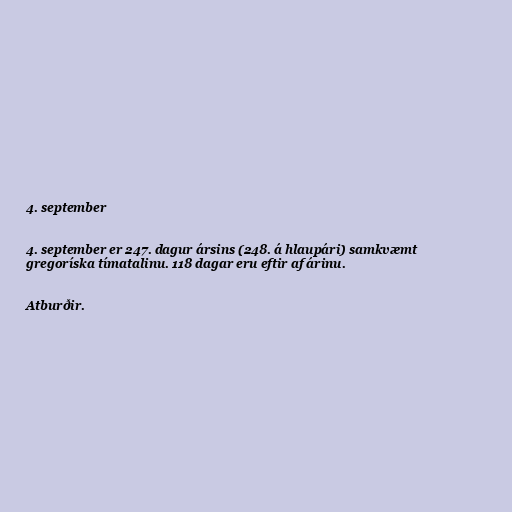
4. september

4. september er 247. dagur ársins (248. á hlaupári) samkvæmt
gregoríska tímatalinu. 118 dagar eru eftir af árinu.

Atburðir.